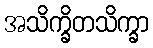
အသိက္ခိတသိက္ခာ